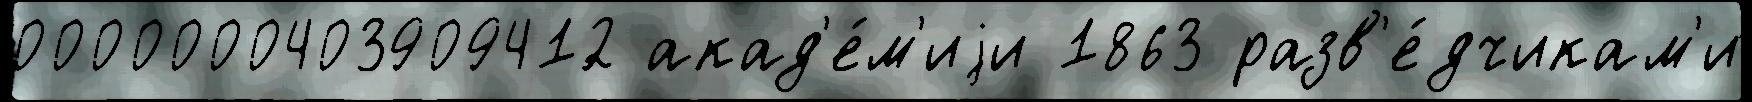
0000000403909412 акад'е́м'иjи 1863 разв'е́дчикам'и